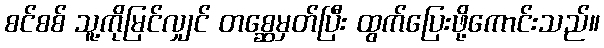
စင်စစ် သူ့ကိုမြင်လျှင် တစ္ဆေမှတ်ပြီး ထွက်ပြေးဖို့ကောင်းသည်။